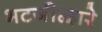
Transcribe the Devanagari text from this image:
भटजीद्वारे